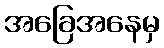
အခြေအနေမှ